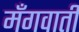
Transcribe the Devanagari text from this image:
मँगवाती